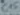
Text: C15